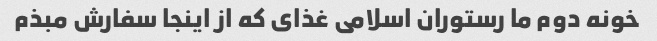
خونه دوم ما رستوران اسلامی غذای که از اینجا سفارش مبذم